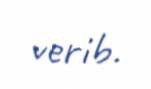
verib.